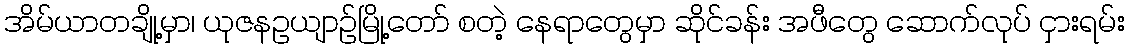
အိမ်ယာတချို့မှာ၊ ယုဇနဥယျာဉ်မြို့တော် စတဲ့ နေရာတွေမှာ ဆိုင်ခန်း အဖီတွေ ဆောက်လုပ် ငှားရမ်း